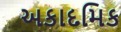
અકાદમિક